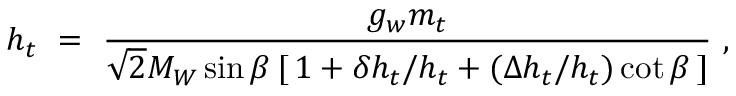
h _ { t } \ = \ \frac { g _ { w } m _ { t } } { \sqrt { 2 } M _ { W } \sin \beta \, [ \, 1 + \delta h _ { t } / h _ { t } + ( \Delta h _ { t } / h _ { t } ) \cot \beta \, ] } \ ,